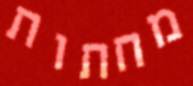
מחתות